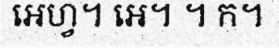
អេហ្វ។ អេ។ ។ ក។